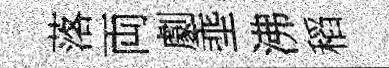
落両劇埀沸稻